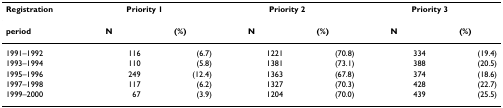
| Registration | <COLSPAN=2> Priority 1 | <COLSPAN=2> Priority 2 | <COLSPAN=2> Priority 3 |
 | --- | --- | --- | --- | --- | --- | --- |
 | period | N | (%) | N | (%) | N | (%) |
 | 1991–1992 | 116 | (6.7) | 1221 | (70.8) | 334 | (19.4) |
 | 1993–1994 | 110 | (5.8) | 1381 | (73.1) | 388 | (20.5) |
 | 1995–1996 | 249 | (12.4) | 1363 | (67.8) | 374 | (18.6) |
 | 1997–1998 | 117 | (6.2) | 1327 | (70.3) | 428 | (22.7) |
 | 1999–2000 | 67 | (3.9) | 1204 | (70.0) | 439 | (25.5) |